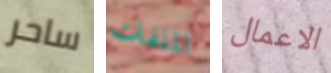
ساحر الملفات الاعمال